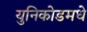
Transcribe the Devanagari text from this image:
युनिकोडमधे